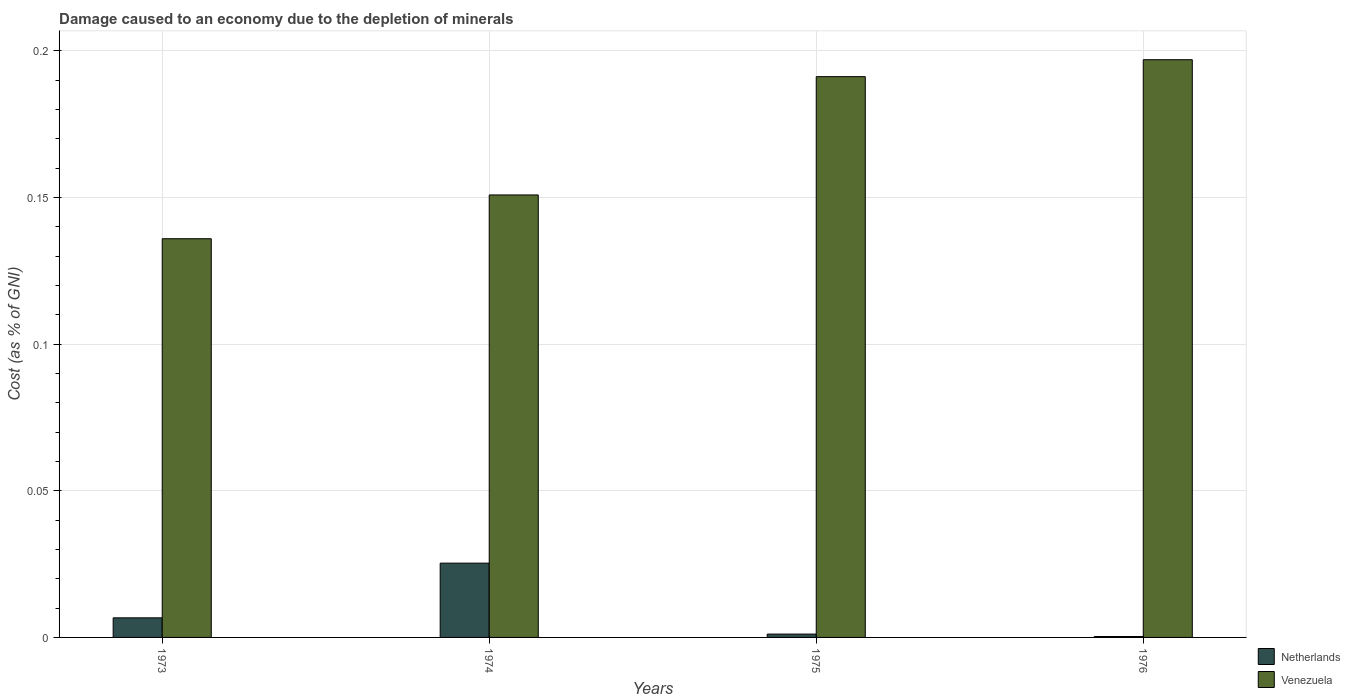
| Years | Netherlands | Venezuela |
 | --- | --- | --- |
 | 1973 | 0.00668 | 0.136 |
 | 1974 | 0.0253 | 0.151 |
 | 1975 | 0.00114 | 0.191 |
 | 1976 | 0.000313 | 0.197 |